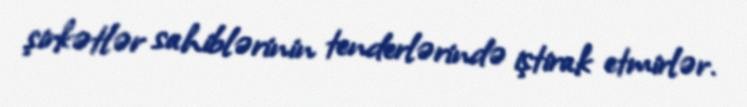
şirkətlər sahiblərinin tenderlərində iştirak etmirlər.